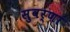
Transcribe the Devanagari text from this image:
सुवर्णां